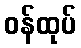
ဝန်ထုပ်